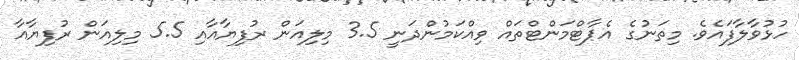
ހުޅުވާލާފައެވެ. މިތަނުގެ އެޕާޓްމަންޓްތައް ވިއްކަމުންދަނީ 3.5 މިލިއަން ރުފިޔާއާއި 5.5 މިލިއަން ރުފިޔާއާ